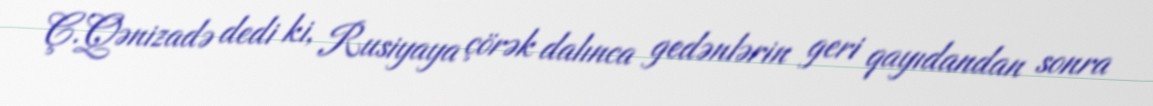
Ç.Qənizadə dedi ki, Rusiyaya çörək dalınca gedənlərin geri qayıdandan sonra